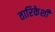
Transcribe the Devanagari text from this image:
तारिकेशी